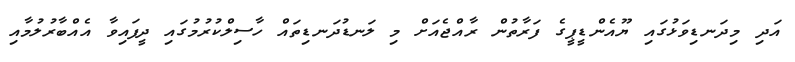
އަދި މިދަނޑިވަޅުގައި ޔޫއެންޑީޕީގެ ފަރާތުން ރާއްޖެއަށް މި ލަނޑުދަނޑިތައް ހާސިލްކުރުމުގައި ދީފައިވާ އެއްބާރުލުމާއި